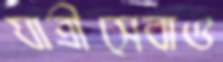
যাত্রীসেবাও